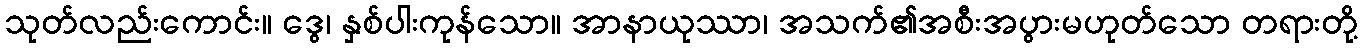
သုတ်လည်းကောင်း။ ဒွေ၊ နှစ်ပါးကုန်သော။ အာနာယုဿာ၊ အသက်၏အစီးအပွားမဟုတ်သော တရားတို့